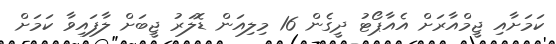
ކަމަށާއި ޖީމްއާރަށް އެއާޕޯޓު ދީގެން 16 މިލިއަން ޑޮލަރު ޖީބަށް ލާފައިވާ ކަމަށް